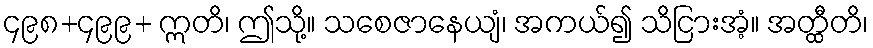
၄၉၈+၄၉၉+ ဣတိ၊ ဤသို့။ သစေဇာနေယျံ၊ အကယ်၍ သိငြားအံ့။ အတ္ထီတိ၊